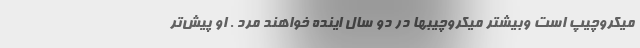
میکروچیپ است وبیشتر میکروچیبها در دو سال اینده خواهند مرد . او پیش‌تر